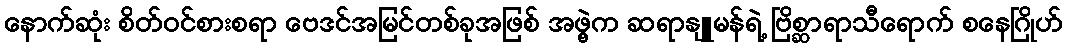
နောက်ဆုံး စိတ်ဝင်စားစရာ ဗေဒင်အမြင်တစ်ခုအဖြစ် အဖွဲ့က ဆရာနျူမန်ရဲ့ ဗြိစ္ဆာရာသီရောက် စနေဂြိုဟ်